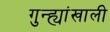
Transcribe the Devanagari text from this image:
गुन्ह्यांखाली